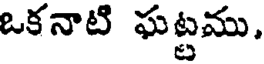
ఒకనాటి ఘట్టము,